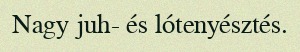
Nagy juh- és lótenyésztés.